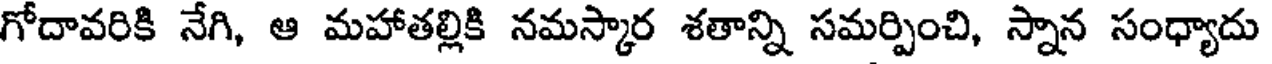
గోదావరికి నేగి, ఆ మహాతల్లికి నమస్కార శతాన్ని సమర్పించి, స్నాన సంధ్యాదు